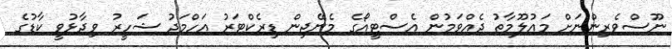
ނޫސްވެރިންނަށް މައުލޫމާތު ދެއްވަމުން އެސްޓީއޯގެ މެނޭޖިން ޑިރެކްޓަރު އަހްމަދު ޝަހީރު ވިދާޅުވީ ކާޑުގެ